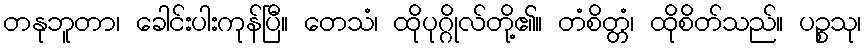
တနုဘူတာ၊ ခေါင်းပါးကုန်ပြီ။ တေသံ၊ ထိုပုဂ္ဂိုလ်တို့၏။ တံစိတ္တံ၊ ထိုစိတ်သည်။ ပဉ္စသု၊